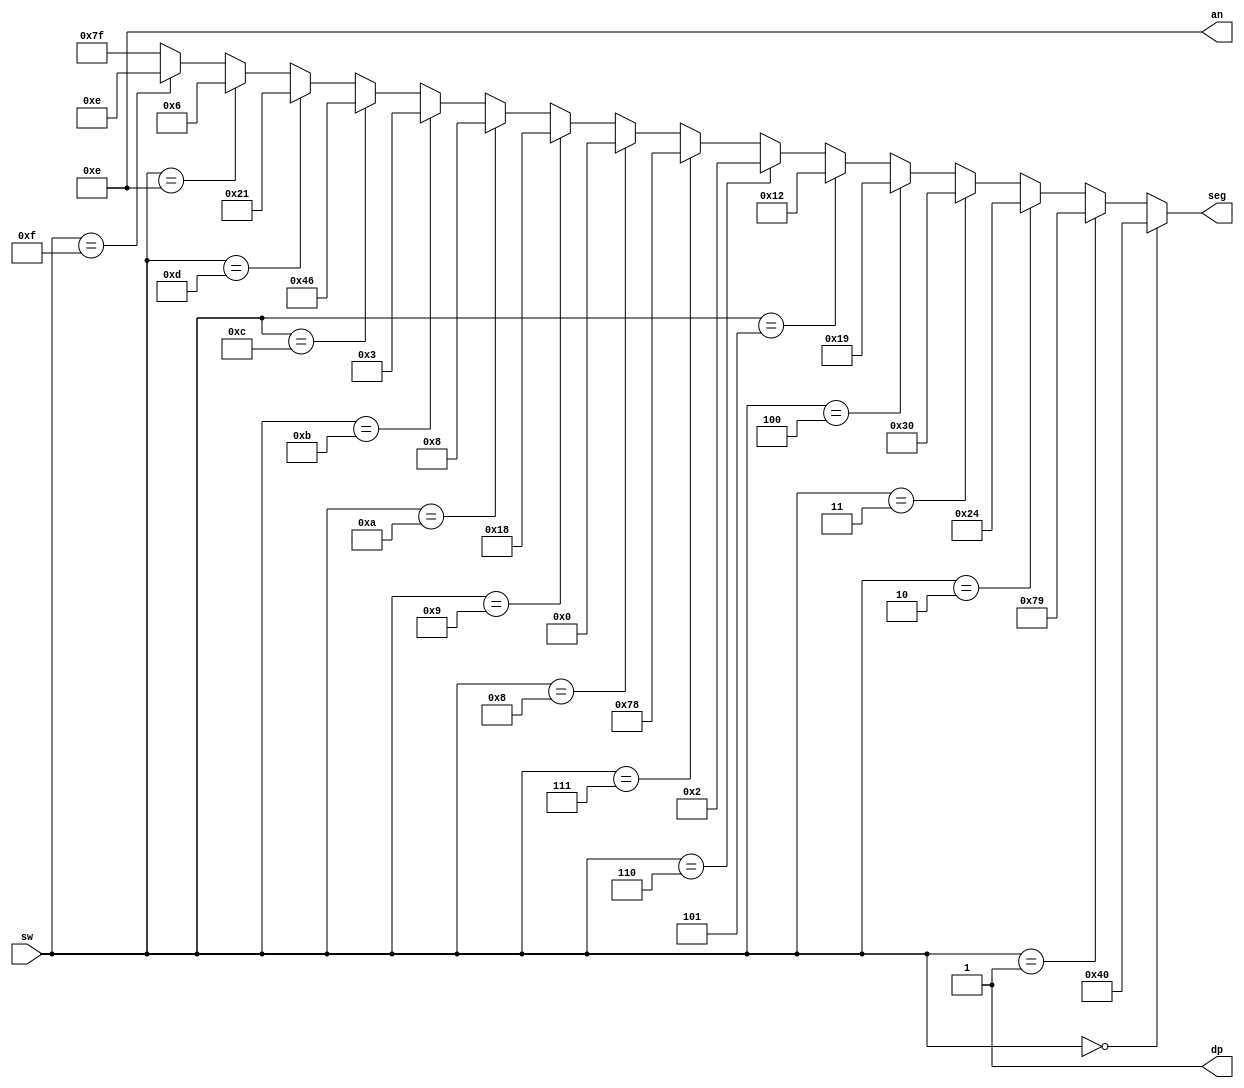
`timescale 1ns / 1ps
//////////////////////////////////////////////////////////////////////////////////
// Company: 
// Engineer: 
// 
// Design Name: 
// Module Name: sseg_digit
// Project Name: 
// Target Devices: 
// Tool Versions: 
// Description: 
// 
// Dependencies: 
// 
// Revision:
// Revision 0.01 - File Created
// Additional Comments:
// 
//////////////////////////////////////////////////////////////////////////////////


module sseg_digit(
    input [3:0] sw,
    output [3:0] an,
    output dp,
    output reg [6:0] seg
    );
    
    assign an = 4'b1110;
    assign dp = 1'b1;
    
    always @ (sw)
    begin
        if (sw==4'h0) seg = 7'b1000000;
        else if (sw==4'h1) seg = 7'b1111001;
        else if (sw==4'h2) seg = 7'b0100100;
        else if (sw==4'h3) seg = 7'b0110000;
        else if (sw==4'h4) seg = 7'b0011001;
        else if (sw==4'h5) seg = 7'b0010010;
        else if (sw==4'h6) seg = 7'b0000010;
        else if (sw==4'h7) seg = 7'b1111000;
        else if (sw==4'h8) seg = 7'b0000000;
        else if (sw==4'h9) seg = 7'b0011000;
        else if (sw==4'ha) seg = 7'b0001000;
        else if (sw==4'hb) seg = 7'b0000011;
        else if (sw==4'hc) seg = 7'b1000110;
        else if (sw==4'hd) seg = 7'b0100001;
        else if (sw==4'he) seg = 7'b0000110;
        else if (sw==4'hf) seg = 7'b0001110;
        else seg = 7'b1111111;
    end
endmodule